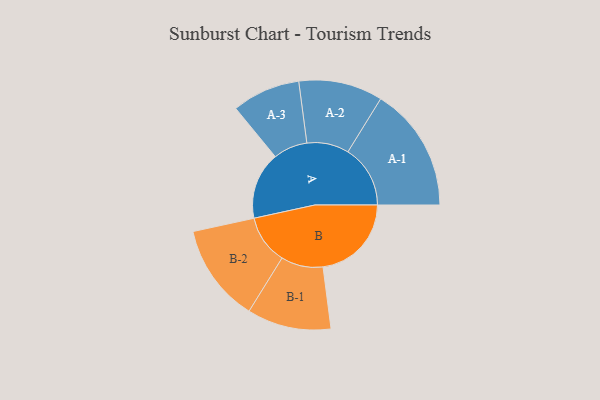
{"axis": {"x": "Segment", "y": "Value"}, "legend": ["", "A", "B"], "data": [{"x": "A", "y": 274, "type": ""}, {"x": "B", "y": 360, "type": ""}, {"x": "A-1", "y": 254, "type": "A"}, {"x": "A-2", "y": 171, "type": "A"}, {"x": "A-3", "y": 139, "type": "A"}, {"x": "B-1", "y": 171, "type": "B"}, {"x": "B-2", "y": 200, "type": "B"}]}